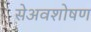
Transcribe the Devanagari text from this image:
सेअवशोषण